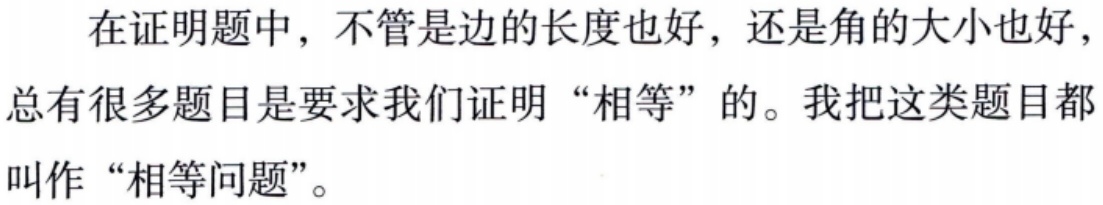
在证明题中，不管是边的长度也好，还是角的大小也好，总有很多题目是要求我们证明“相等”的。我把这类题目都叫作“相等问题”。